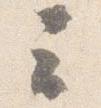
云